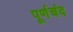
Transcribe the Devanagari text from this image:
पूर्णचंद